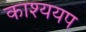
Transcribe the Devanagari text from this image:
काश्ययप